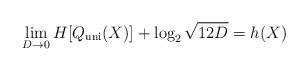
LaTeX: \begin{align*}\lim_{D \to 0}H[Q_{{\mathrm{uni}}}(X)]+\log_2\sqrt{12D}=h(X)\end{align*}